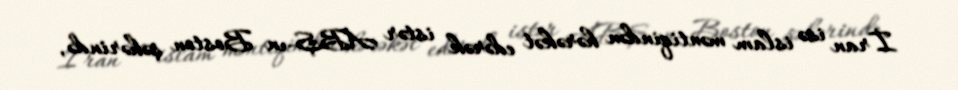
İran isə islam məntiqindən hərəkət edərək istər ABŞ-ın Boston şəhərində,